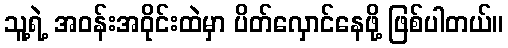
သူ့ရဲ့ အဝန်းအဝိုင်းထဲမှာ ပိတ်လှောင်နေဖို့ ဖြစ်ပါတယ်။